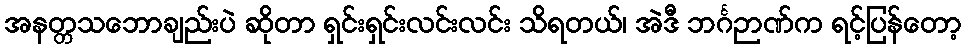
အနတ္တသဘောချည်းပဲ ဆိုတာ ရှင်းရှင်းလင်းလင်း သိရတယ်၊ အဲဒီ ဘင်္ဂဉာဏ်က ရင့်ပြန်တော့